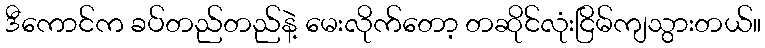
ဒီကောင်က ခပ်တည်တည်နဲ့ မေးလိုက်တော့ တဆိုင်လုံးငြိမ်ကျသွားတယ်။